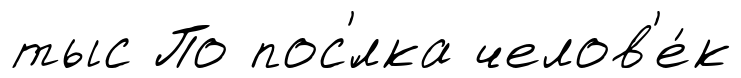
тыс По пос'́лка челов'е́к